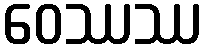
ဝေဿဿ